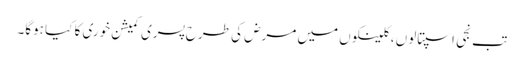
تب نجی اسپتالوں ، کلینکوں میں مرض کی طرح پسری کمیشن خوری کا کیا ہوگا۔